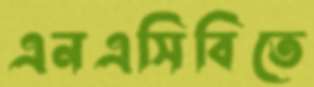
এনএসিবিতে